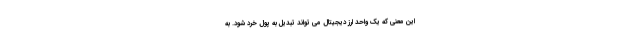
این معنی که یک واحد ارز دیجیتال می تواند تبدیل به پول خرد شود. به